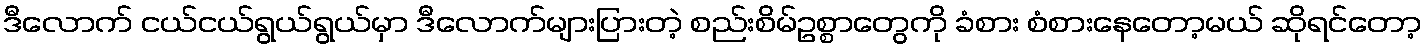
ဒီလောက် ငယ်ငယ်ရွယ်ရွယ်မှာ ဒီလောက်များပြားတဲ့ စည်းစိမ်ဥစ္စာတွေကို ခံစား စံစားနေတော့မယ် ဆိုရင်တော့